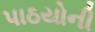
પાઠયોની